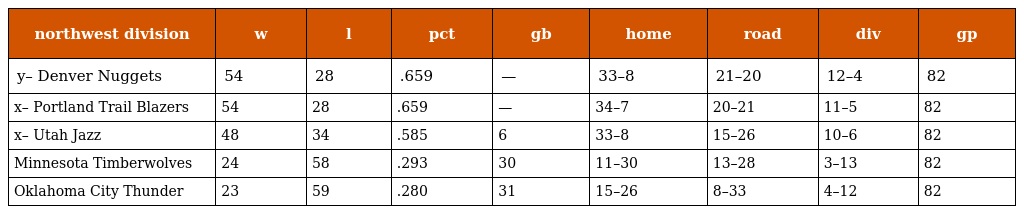
| northwest division | w | l | pct | gb | home | road | div | gp |
 | --- | --- | --- | --- | --- | --- | --- | --- | --- |
 | y– Denver Nuggets | 54 | 28 | .659 | — | 33–8 | 21–20 | 12–4 | 82 |
 | x– Portland Trail Blazers | 54 | 28 | .659 | — | 34–7 | 20–21 | 11–5 | 82 |
 | x– Utah Jazz | 48 | 34 | .585 | 6 | 33–8 | 15–26 | 10–6 | 82 |
 | Minnesota Timberwolves | 24 | 58 | .293 | 30 | 11–30 | 13–28 | 3–13 | 82 |
 | Oklahoma City Thunder | 23 | 59 | .280 | 31 | 15–26 | 8–33 | 4–12 | 82 |